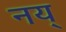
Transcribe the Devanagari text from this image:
नय्